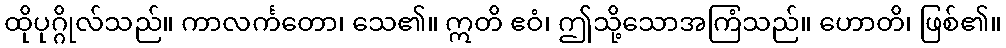
ထိုပုဂ္ဂိုလ်သည်။ ကာလင်္ကတော၊ သေ၏။ ဣတိ ဧဝံ၊ ဤသို့သောအကြံသည်။ ဟောတိ၊ ဖြစ်၏။